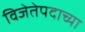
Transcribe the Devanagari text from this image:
विजेतेपदाच्या